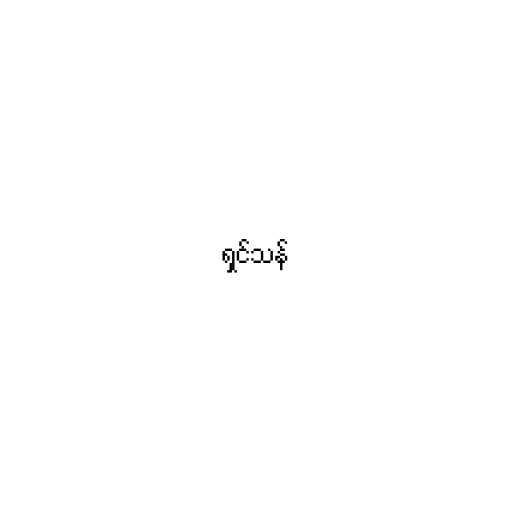
ရှင်သန်